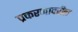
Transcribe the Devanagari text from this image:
प्रकरणावरील